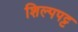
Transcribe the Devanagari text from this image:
शिल्पपट्ट